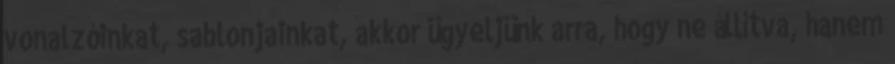
vonalzóinkat, sablonjainkat, akkor ügyeljünk arra, hogy ne állítva, hanem